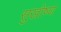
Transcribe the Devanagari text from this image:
सुखोष्ण